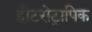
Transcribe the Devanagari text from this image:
हीटरोट्रापिक